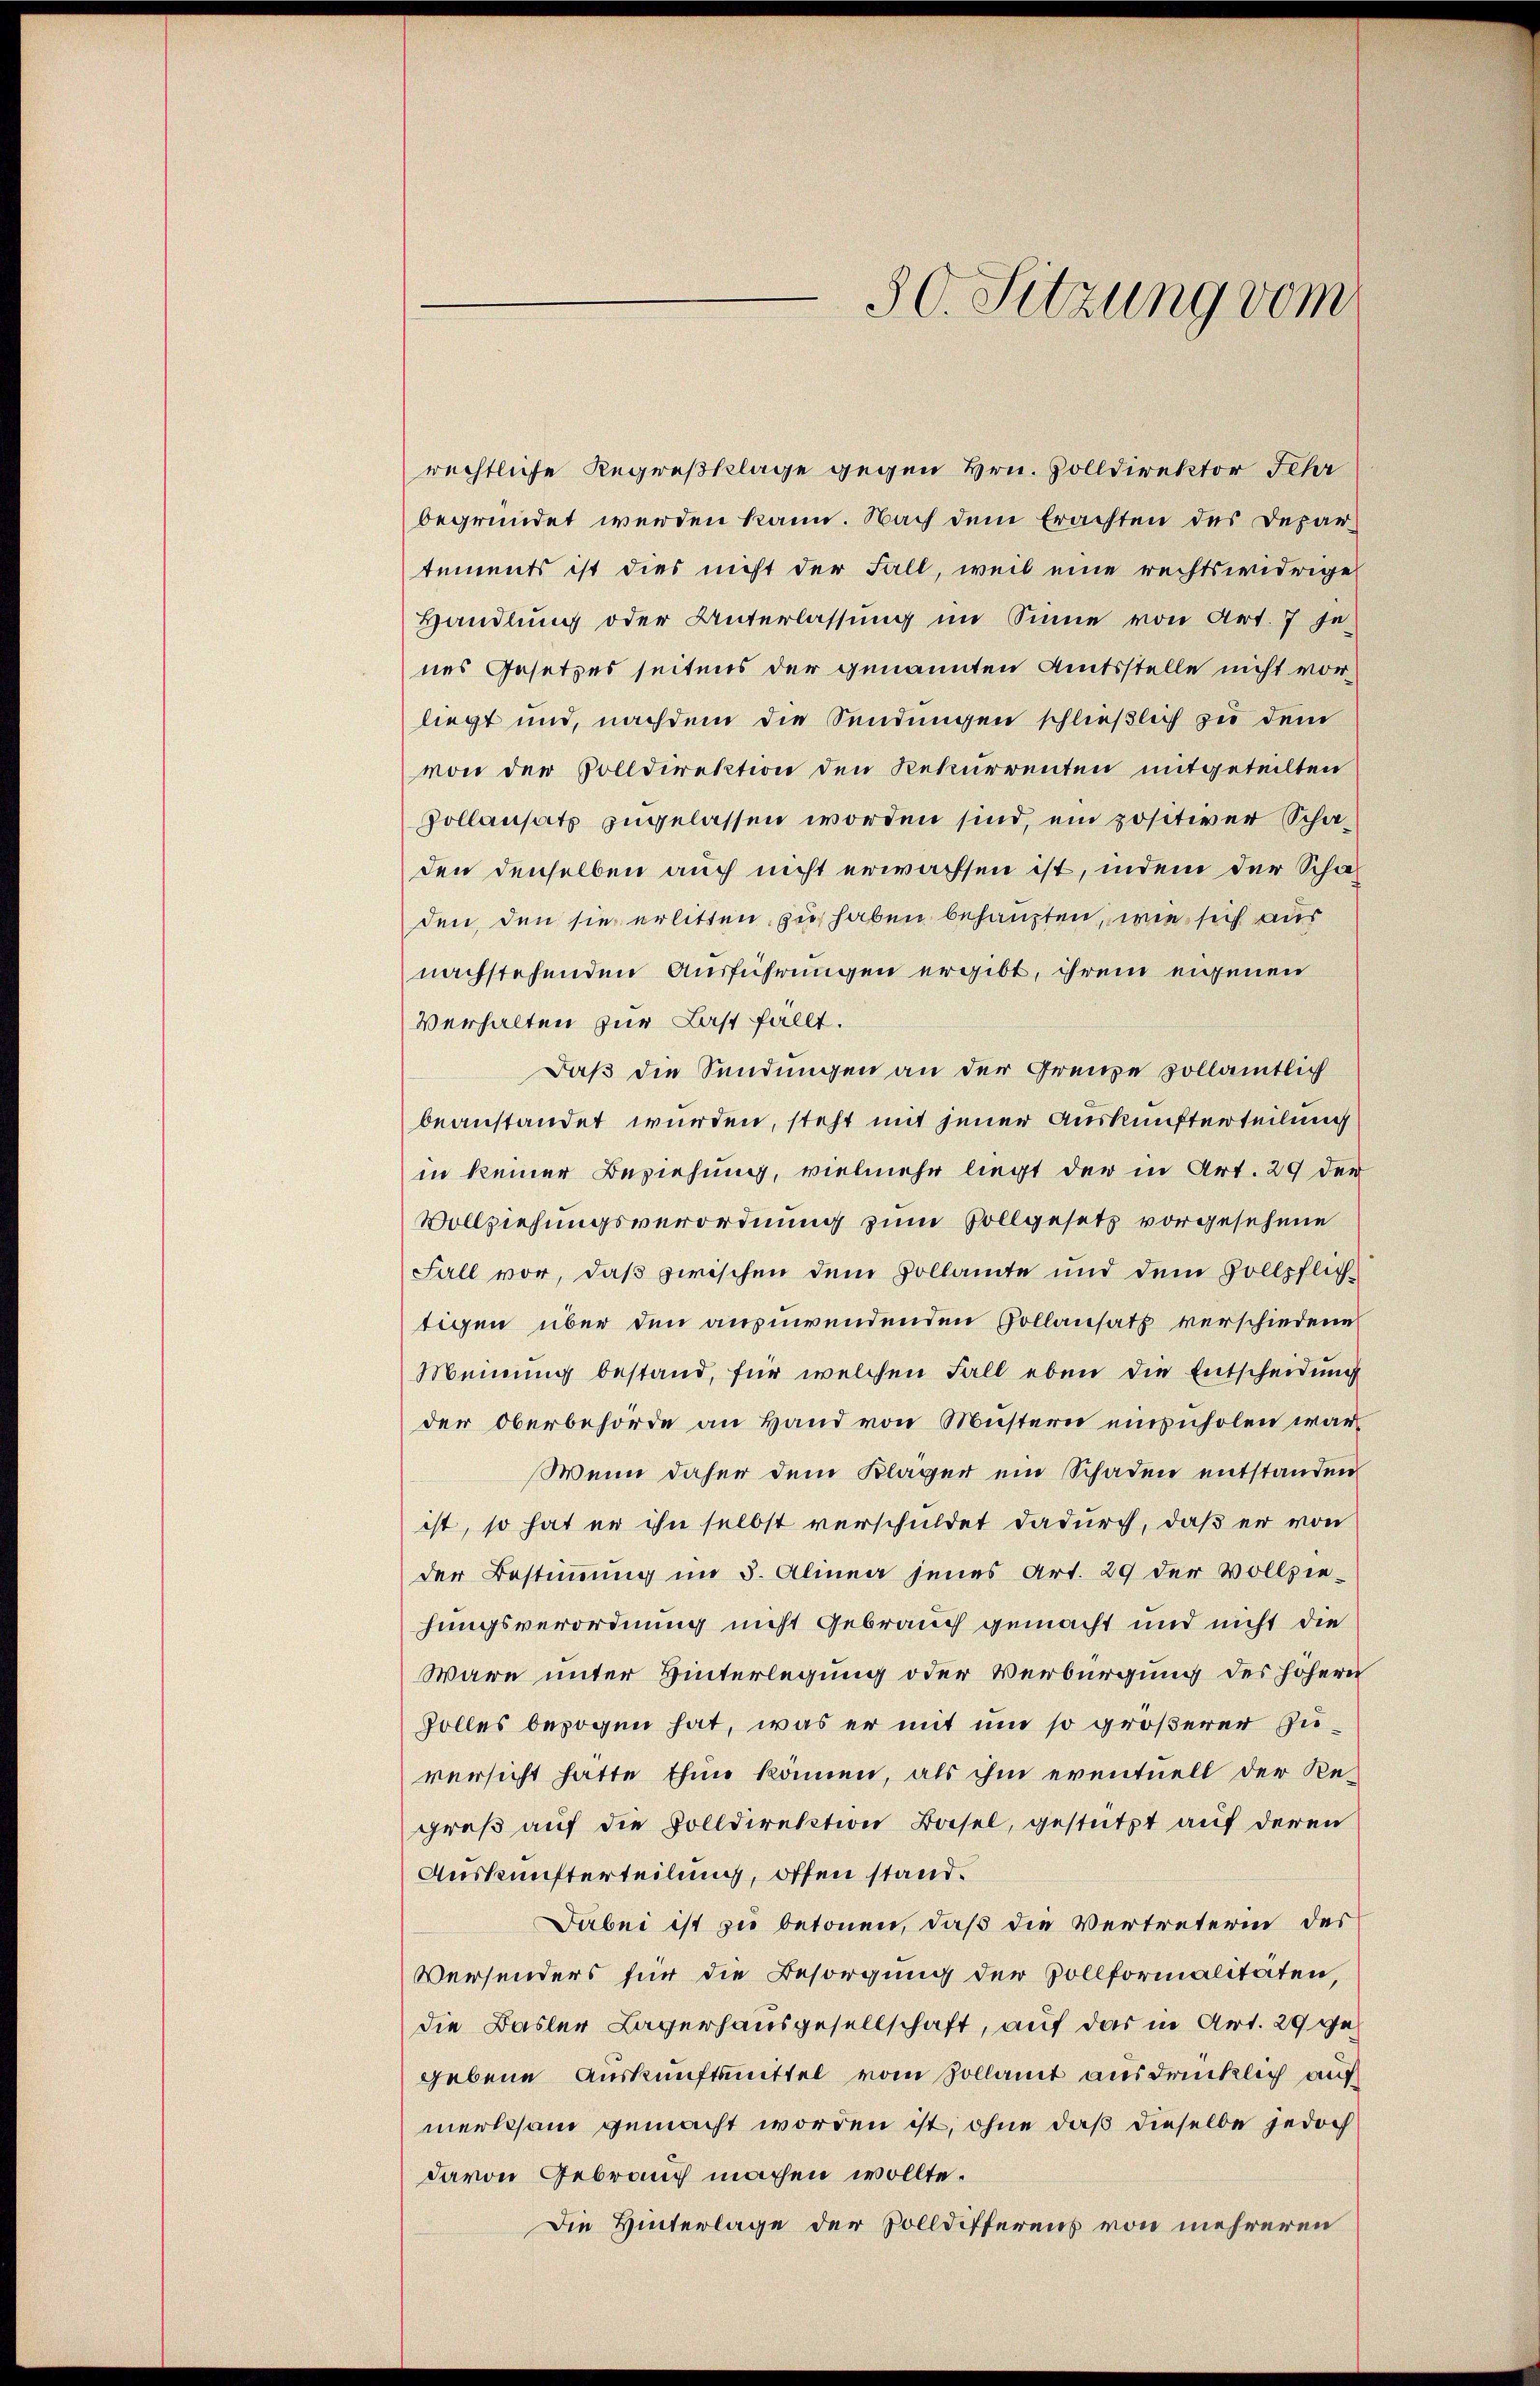
30. Sitzung vom

rechtliche Regreßklage gegen Hrn. Zolldirektor Schr
begründet werden kann. Nach dem Erachten des Departements ist dies nicht der Fall, weil eine rechtswidrige
Handlung oder Unterlassung im Sinne von Art. 7 je
nes Gesetzes seitens der genannten Amtsstelle nicht vorliegt und, nachdem die Sendungen schließlich zu dem
von der Solldirektion den Rekurrenten mitgeteilten
Pollansatz zugelassen worden sind, ein positiver Schaden denselben auch nicht erwachsen ist, indem der Schaden, den sie erlitten zu haben behaupten, wie sich aus
nachstehenden Ausführungen ergibt, ihrem eigenen
Verhalten zur Last fällt.
Daß die Sendungen an der Grenze zollämtlich
beanstandet wurden, steht mit jener Auskunfterteilung
in keiner Beziehung, vielmehr liegt der in Art. 29 der
Vollziehungsverordnung zum Vollgesetz vorgesehene
Fall vor, daß zwischen dem Pollamte und dem Sollpflichtigen über den anzuwendenden Gollansatz verschiedene
Meinung bestand, für welchen Fall eben die Entscheidung
der Oberbehörde an Hand von Müstern einzuholen war,
Wenn daher dem Kläger ein Schaden entstanden
ist, so hat er ihn selbst verschuldet dadurch, daß er von
der Bestimmung im 5. Alinea jenes Art. 29 der Vollziehungsverordnung nicht Gebrauch gemacht und nicht die
Wäre unter Hinterlegung oder Verbürgung des höhern
Holles bezogen hat, was er mit um so größerer Zuversicht hatte thun können, als ihm eventuell der Regreß auf die Solldirektion Basel, gestützt auf deren
Auskunfterteilung, offen stand.
Dabei ist zu betonen, daß die Vertreterin des
Versenders für die Besorgung der Vollformalitäten,
die Basler Lagerhausgesellschaft, auf das in Art. 29 gegebene Auskunftsmittel vom Zollamt ausdrücklich auf
merksam gemacht worden ist, ohne daß dieselbe jedoch
davon Gebrauch machen wollte.
Die Hinterlage der Zolldifferens von mehreren